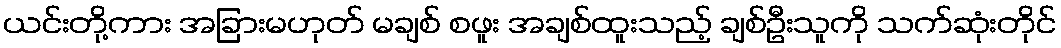
ယင်းတို့ကား အခြားမဟုတ် မချစ် စဖူး အချစ်ထူးသည့် ချစ်ဦးသူကို သက်ဆုံးတိုင်